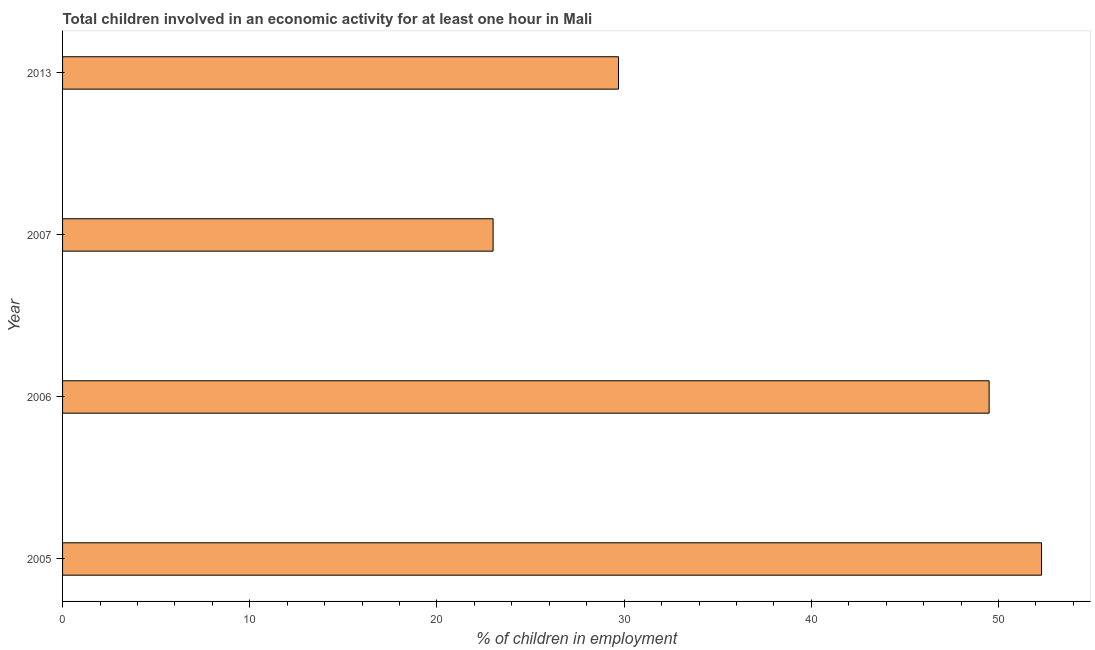
| Year | Children in employment |
 | --- | --- |
 | 2005 | 52.3 |
 | 2006 | 49.5 |
 | 2007 | 23 |
 | 2013 | 29.7 |